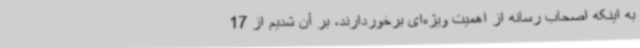
به اینکه اصحاب رسانه از اهمیت ویژه‌ای برخوردارند، بر آن شدیم از 17